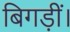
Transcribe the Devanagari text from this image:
बिगड़ीं।